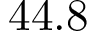
4 4 . 8